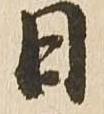
日